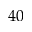
4 0